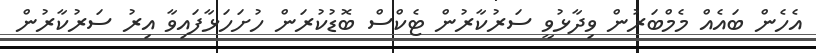
އެހެން ބައެއް މެމްބަރުން ވިދާޅުވީ ސަރުކާރުން ޓެކްސް ބޮޑުކުރަން ހުށަހަޅާފައިވާ އިރު ސަރުކާރުން